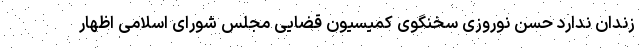
زندان ندارد حسن نوروزی سخنگوی کمیسیون قضایی مجلس شورای اسلامی اظهار